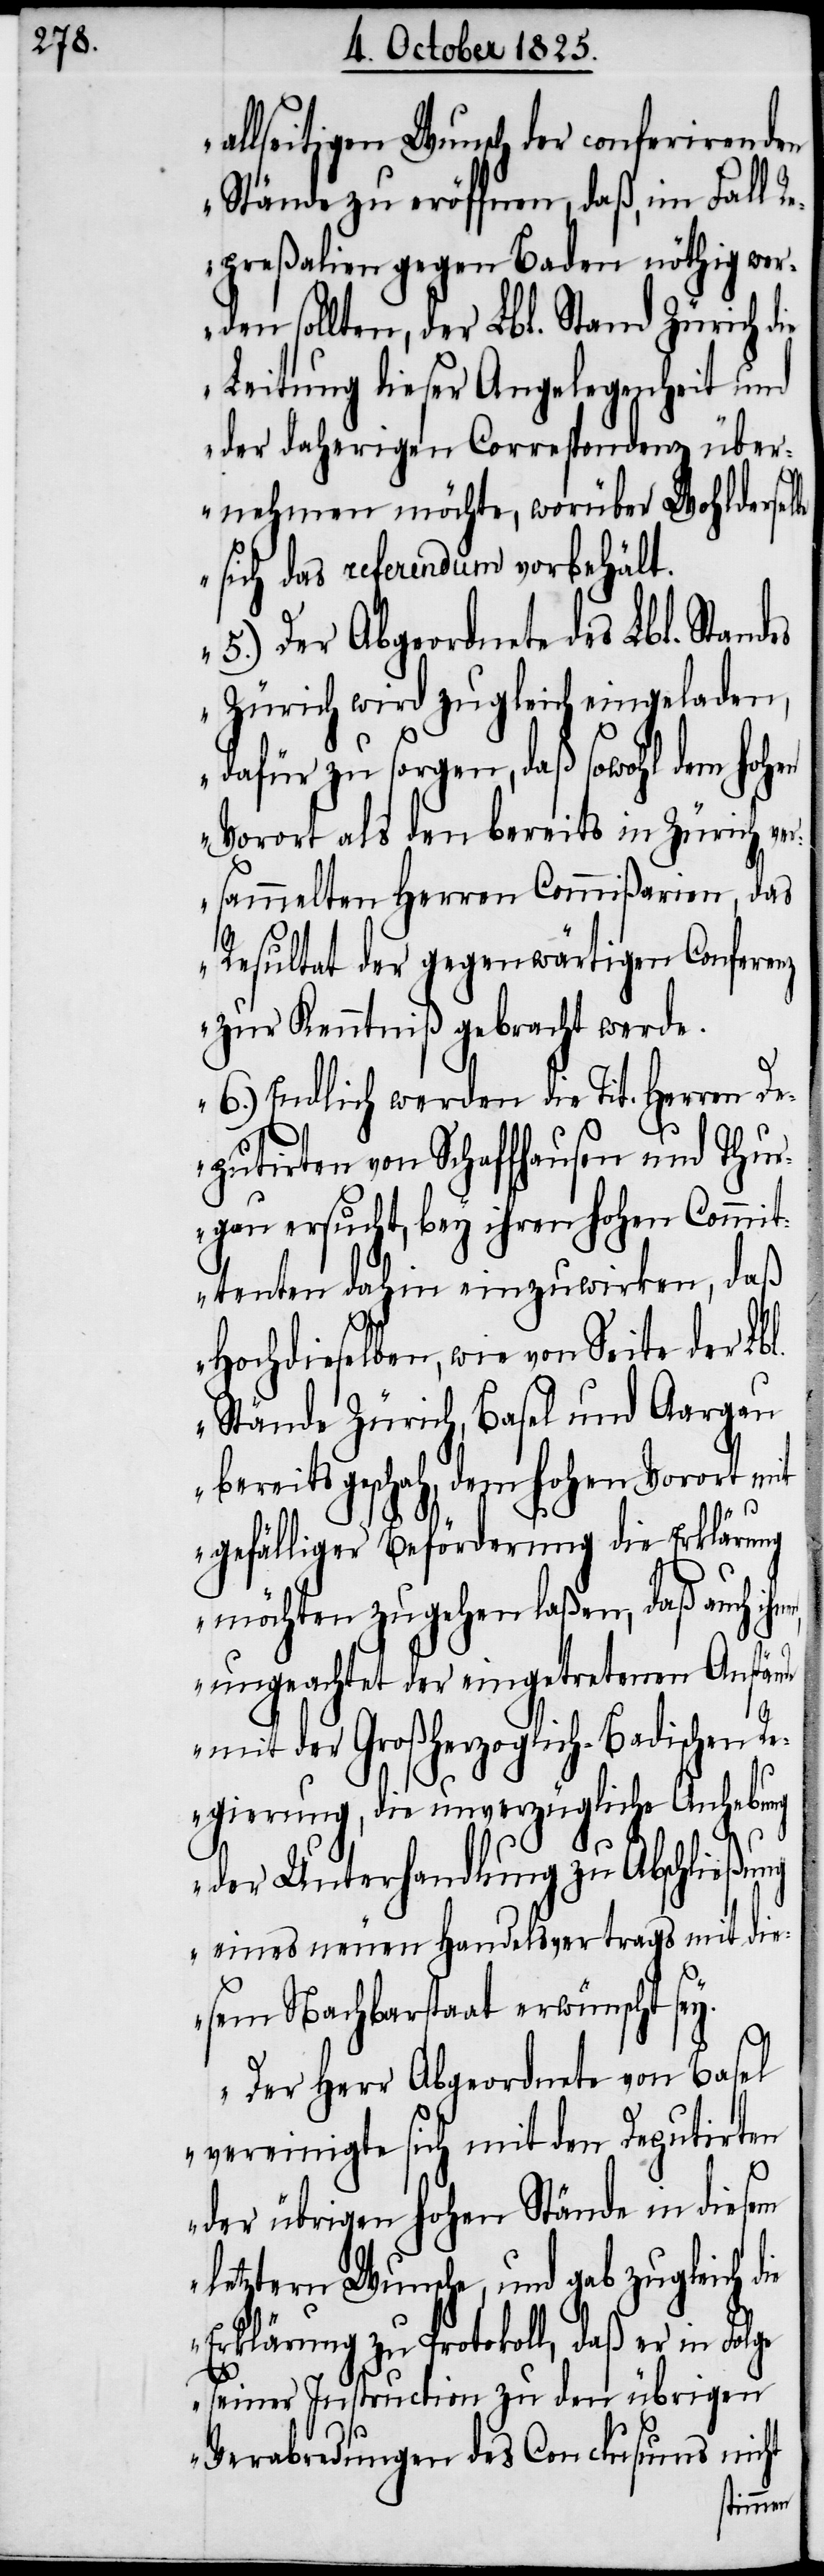
be

allseitigen Wunsch der conferirenden
Stände zu eröffnen, daß, im Fall R¬
epreßalien gegen Baden nöthig wer¬
den sollten, der Lbl. Stand Zürich die
Leitung dieser Angelegenheit und
der daherigen Correspondenz über¬
nehmen möchte, worüber Wohldersel¬
sich das Referendum vorbehält.
5.) Der Abgeordnete des Lbl. Standes
Zürich wird zugleich eingeladen,
dafür zu sorgen, daß sowohl dem hohen
Vorort als den bereits in Zürich ver¬
sammelten Herren Commißarien, das
Resultat der gegenwärtigen Conferenz
zur Kenntniß gebracht werde.
6.) Endlich werden die Tit. Herren De¬
putirten von Schaffhausen und Thur¬
gau ersucht, bey ihren hohen Commit¬
tenten dahin einzuwirken, daß
Hochdieselben, wie von Seite der Lbl.
Stände Zürich, Basel und Aargau
bereits geschah, dem hohen Vorort mit
gefälliger Beförderung die Erklärung
möchten zugehen laßen, daß auch
ungeachtet der eingetretenen Anstände
mit der Großherzoglich-Badischen R¬
egierung, die unverzügliche Anhebung
der Unterhandlung zu Anschließung
eines neuen Handelsvertrags mit die¬
sem Nachbarstaat erwünscht sey.
Der Herr Abgeordnete von Basel
vereinigte sich mit den Deputirten
der übrigen hohen Stände in diesem
letztern Wunsche, und gab zugleich die
Erklärung zu Protokoll, daß er in Folge
seiner Instruction zu den übrigen
Verabredungen des Conclusums nicht